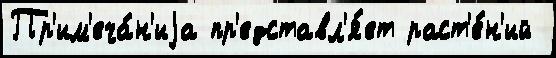
Пр'им'еча́н'иjа пр'едставл'я́ет раст'е́н'ий